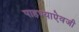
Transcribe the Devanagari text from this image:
पाहण्याऐवजी